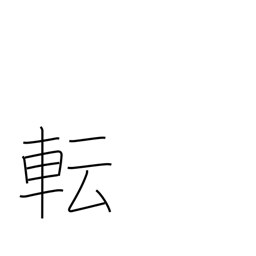
Meaning: change